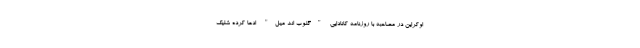
اوکراین در مصاحبه با روزنامه کانادایی "گلوب اند میل" ادعا کرده شلیک